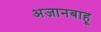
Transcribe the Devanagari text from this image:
अजानबाहू